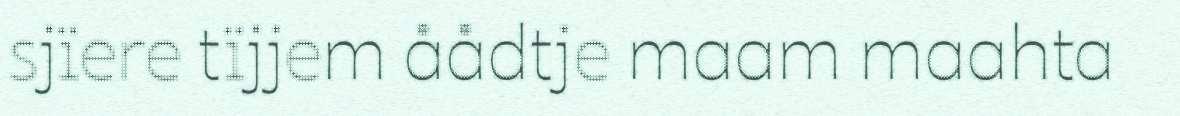
sjïere tïjjem åådtje maam maahta